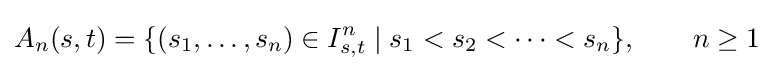
A_{n}(s,t)=\{(s_{1},\ldots ,s_{n})\in I_{s,t}^{n}\mid s_{1}<s_{2}<\cdots <s_{n}\},\qquad n\geq 1